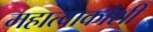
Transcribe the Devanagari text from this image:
महात्वाकांशी